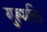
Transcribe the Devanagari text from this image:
गुरूभक्ति